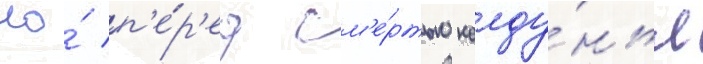
Но́ п'е́р'ед см'е́ртью колду́нья